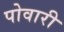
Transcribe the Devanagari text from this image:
पोवारी